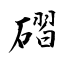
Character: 磖